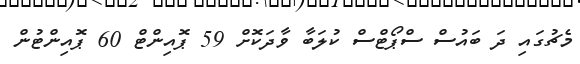
މެޗުގައި ދަ ބައުސް ސްޕޯޓްސް ކުލަބާ ވާދަކޮށް 59 ޕޮއިންޓް 60 ޕޮއިންޓުން